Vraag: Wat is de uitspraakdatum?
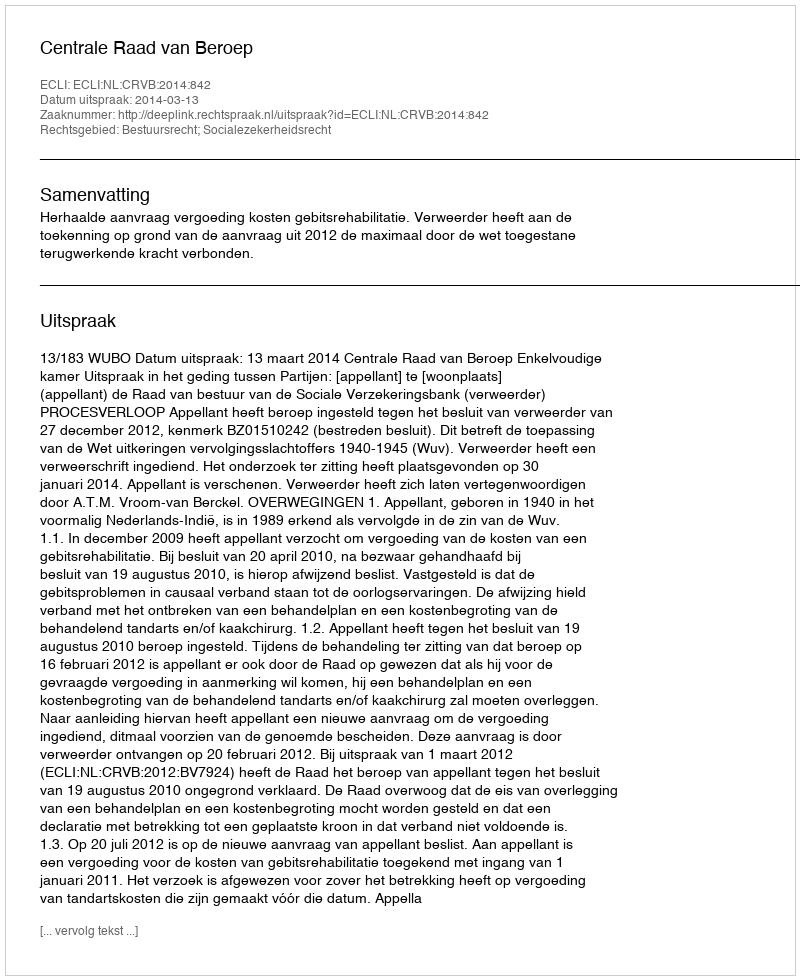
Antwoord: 2014-03-13